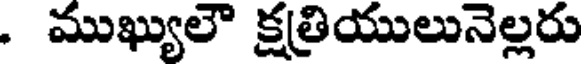
. ముఖ్యులౌ క్షత్రియులునెల్లరు